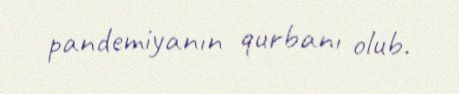
pandemiyanın qurbanı olub.